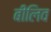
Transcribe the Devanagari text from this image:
बीलिव